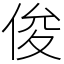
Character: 俊